Indian journal of veterinary science and animal husbandry - Volume 4,
Year: 1934
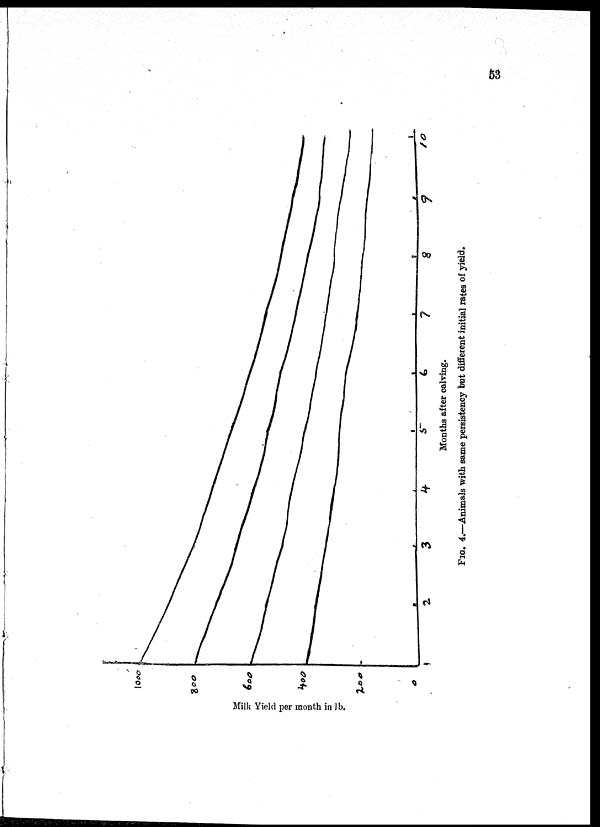
53
FIG.
4.—Animals with same persistency but different initial rates of yield.